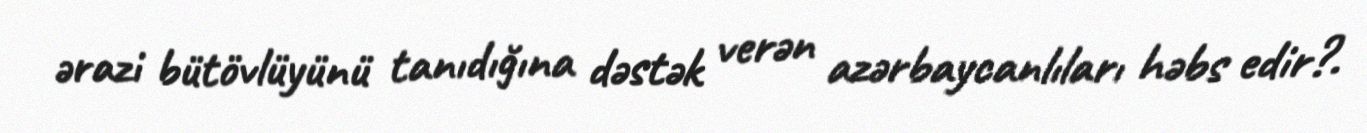
ərazi bütövlüyünü tanıdığına dəstək verən azərbaycanlıları həbs edir?.